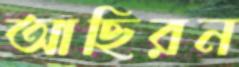
আছিরন